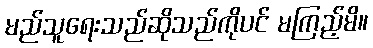
မည်သူရေးသည်ဆိုသည်ကိုပင် မကြည့်မိ။